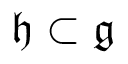
{ \mathfrak { h } } \subset { \mathfrak { g } }